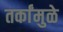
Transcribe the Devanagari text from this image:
तर्कांमुळे